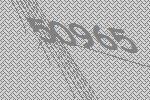
50965